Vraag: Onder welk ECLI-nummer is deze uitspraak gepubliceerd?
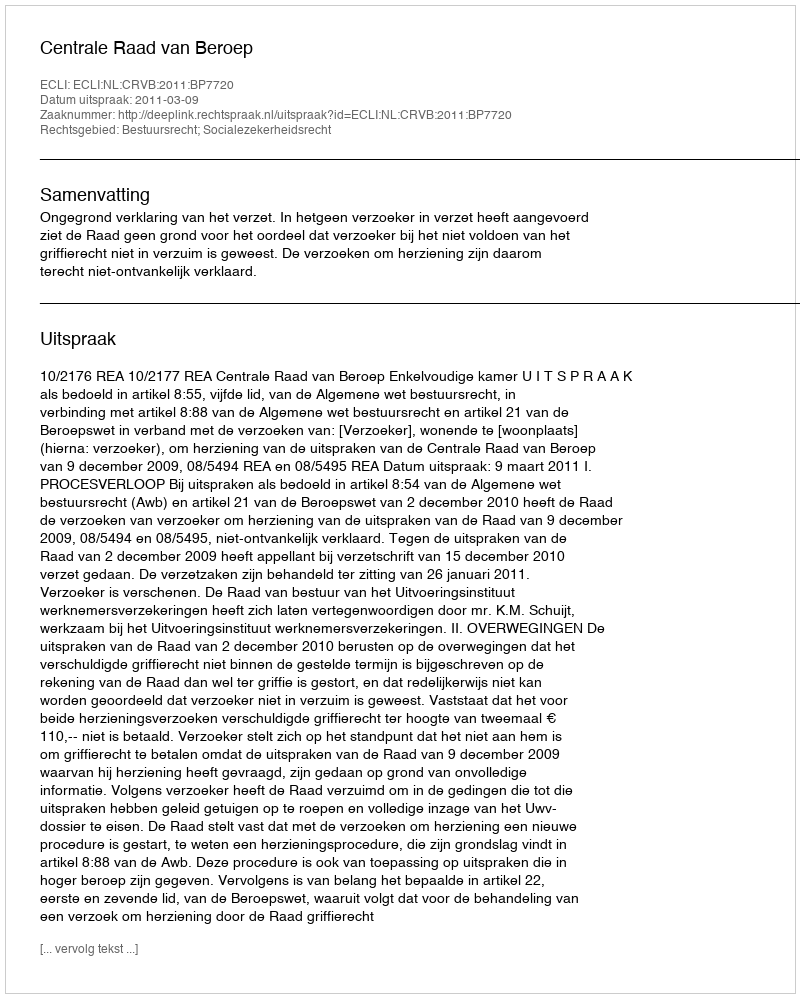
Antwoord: ECLI:NL:CRVB:2011:BP7720